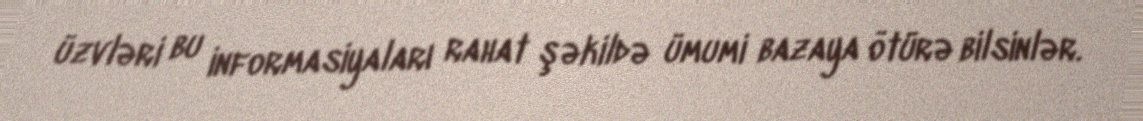
üzvləri bu informasiyaları rahat şəkildə ümumi bazaya ötürə bilsinlər.